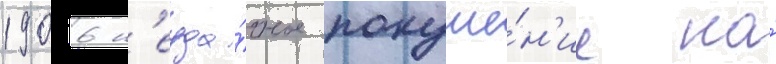
1906 н'еуда́чное покуше́н'ие на́